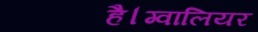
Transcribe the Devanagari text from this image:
है।ग्वालियर